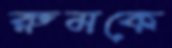
রুমকে